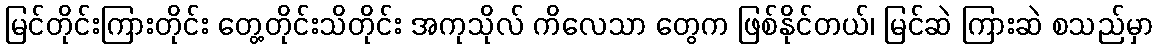
မြင်တိုင်းကြားတိုင်း တွေ့တိုင်းသိတိုင်း အကုသိုလ် ကိလေသာ တွေက ဖြစ်နိုင်တယ်၊ မြင်ဆဲ ကြားဆဲ စသည်မှာ